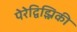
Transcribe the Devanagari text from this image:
पेरेद्विझ्निकी